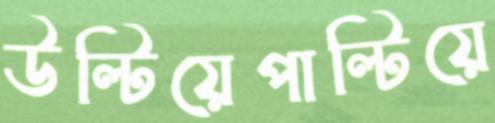
উল্টিয়েপাল্টিয়ে